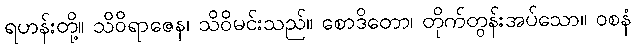
ရဟန်းတို့။ သိဝိရာဇေန၊ သိဝိမင်းသည်။ စောဒိတော၊ တိုက်တွန်းအပ်သော။ ဝစနံ